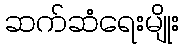
ဆက်ဆံရေးမျိုး